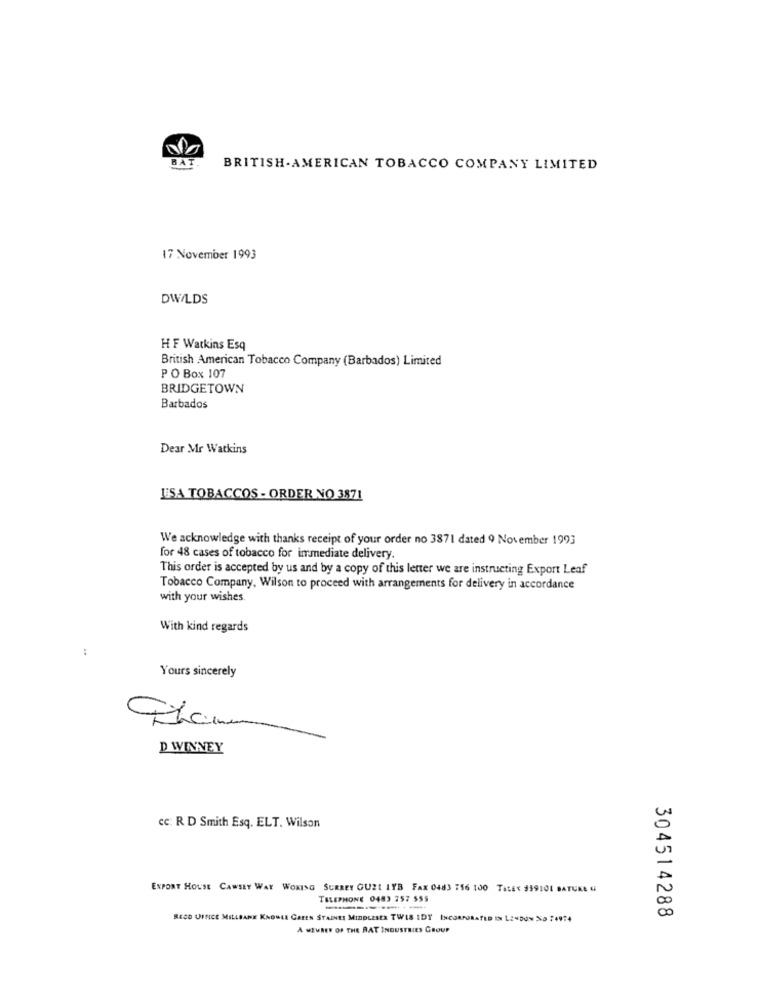
BAT.
BRITISH- AMERICAN TOBACCO COMPANY LIMITED
17 November 1993
DW/LDS
HF Watkins Esq
British American Tobacco Company (Barbados) Limited
PO Box 107
BRIDGETOWN
Barbados
Dear Mr Watkins
LISA TOBACCOS - ORDER NO 3871
We acknowledge with thanks receipt of your order no 3871 dated 9 November 1993
for 48 cases of tobacco for immediate delivery.
This order is accepted by us and by a copy of this letter we are instructing Export Leaf
Tobacco Company, Wilson to proceed with arrangements for delivery in accordance
with your wishes
With kind regards
:
Yours sincerely
D WINNEY
cc: R D Smith Esq. ELT. Wilson
EXPORT HOUSE CAWSET WAY WOKING SURREY GUEL IYB FAX 0483 756 100 TALEX 359101 BATURE G
TELEPHONE 0483 757 555
304514288
RECO UINICE MILLBANE KNOWLA GAREN STAINES MIDDLESEX TWIS IDY INCORPORATED IN LONDON Na 74914
A MEURER OF THE RAT INDUSTRIES GROUP